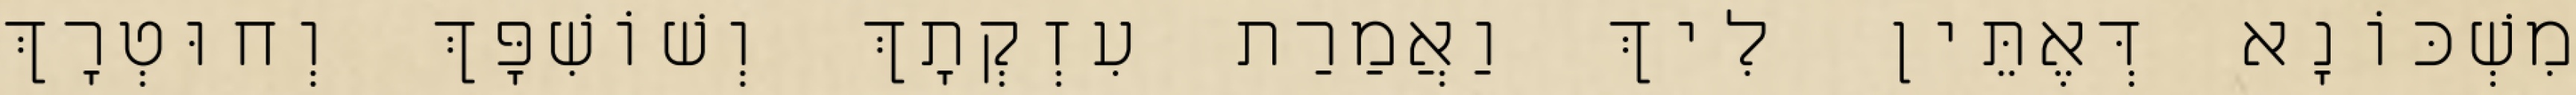
מִשְׁכּוֹנָא דְּאֶתֵּין לִיךְ וַאֲמַרַת עִזְקְתָךְ וְשׁוֹשִׁפָּךְ וְחוּטְרָךְ